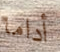
أداما